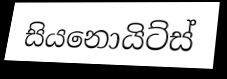
සියනොයිට්ස්